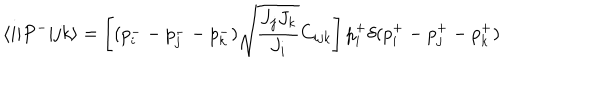
\langle i | P ^ { - } | j k \rangle = \left[ ( p _ { i } ^ { - } - p _ { j } ^ { -- } p _ { k } ^ { - } ) \sqrt { \frac { J _ { j } J _ { k } } { J _ { i } } } C _ { i j k } \right] p _ { i } ^ { + } \delta ( p _ { i } ^ { + } - p _ { j } ^ { + } - p _ { k } ^ { + } )